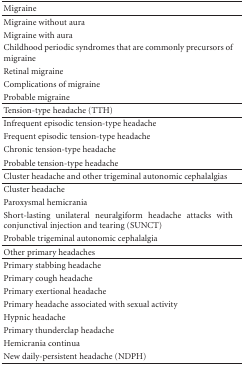
<table><thead><tr><td><b>Migraine</b></td></tr></thead><tbody><tr><td>Migraine without aura</td></tr><tr><td>Migraine with aura</td></tr><tr><td>Childhood periodic syndromes that are commonly precursors of migraine</td></tr><tr><td>Retinal migraine</td></tr><tr><td>Complications of migraine</td></tr><tr><td>Probable migraine </td></tr><tr><td>Tension-type headache (TTH) </td></tr><tr><td>Infrequent episodic tension-type headache</td></tr><tr><td>Frequent episodic tension-type headache</td></tr><tr><td>Chronic tension-type headache</td></tr><tr><td>Probable tension-type headache</td></tr><tr><td>Cluster headache and other trigeminal autonomic cephalalgias</td></tr><tr><td>Cluster headache</td></tr><tr><td>Paroxysmal hemicrania</td></tr><tr><td>Short-lasting unilateral neuralgiform headache attacks with conjunctival injection and tearing (SUNCT)</td></tr><tr><td>Probable trigeminal autonomic cephalalgia</td></tr><tr><td>Other primary headaches</td></tr><tr><td>Primary stabbing headache</td></tr><tr><td>Primary cough headache</td></tr><tr><td>Primary exertional headache</td></tr><tr><td>Primary headache associated with sexual activity</td></tr><tr><td>Hypnic headache</td></tr><tr><td>Primary thunderclap headache</td></tr><tr><td>Hemicrania continua</td></tr><tr><td>New daily-persistent headache (NDPH)</td></tr></tbody></table>